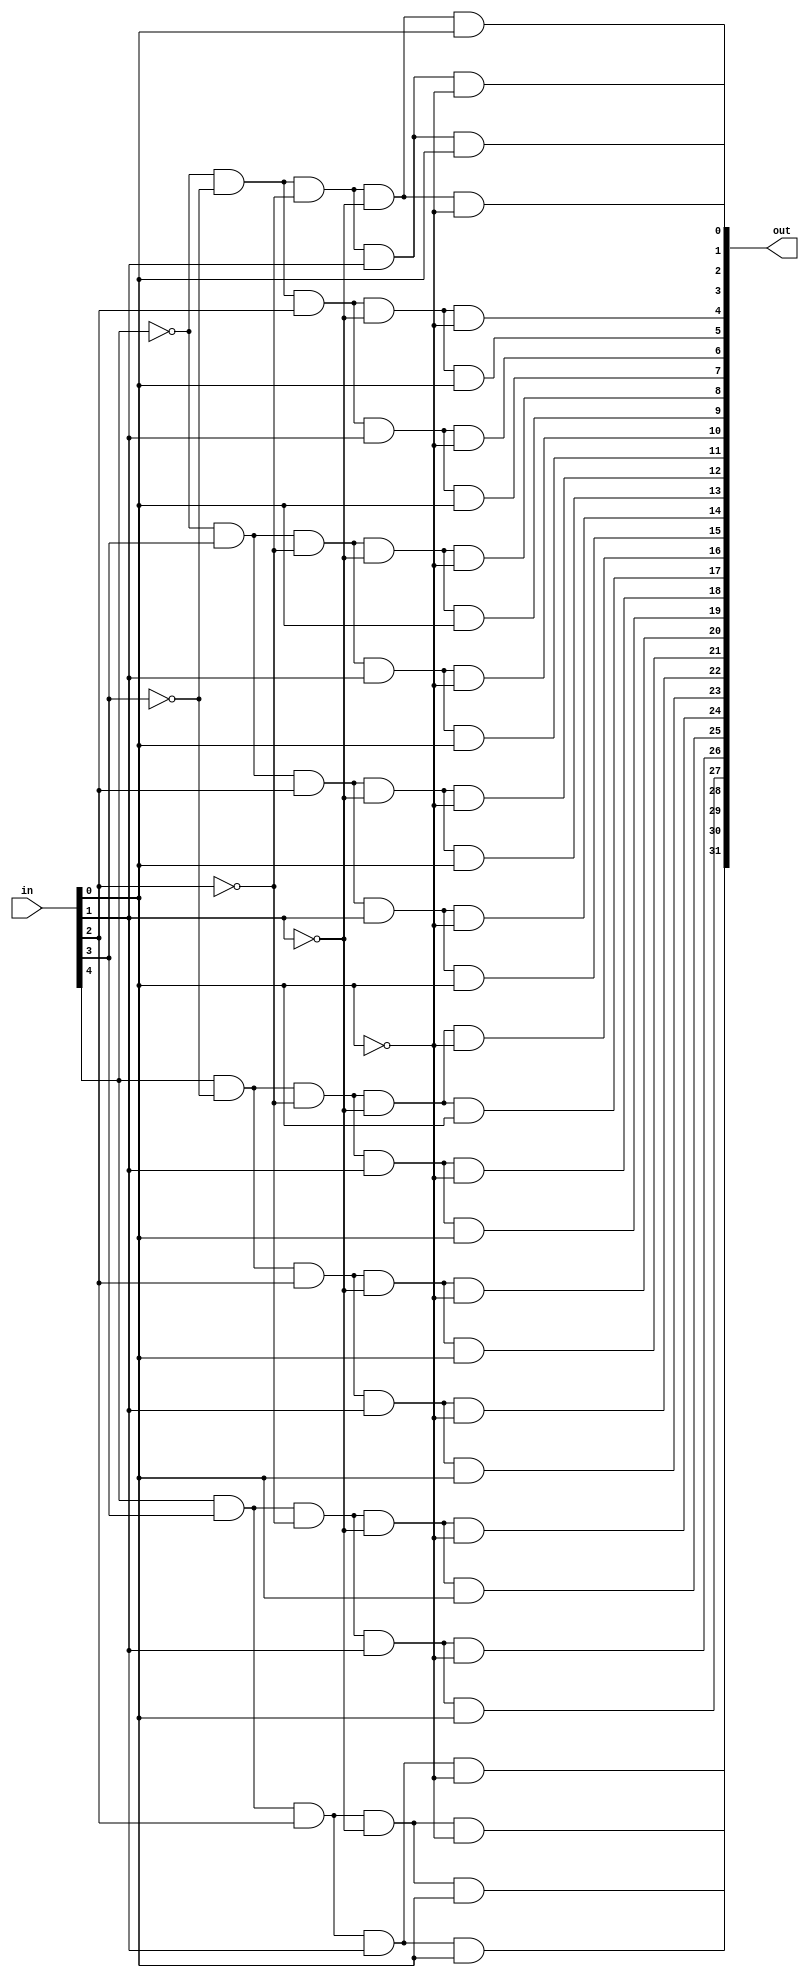
module decoder_5to32(in, out);

	input [4:0] in;
	output [31:0] out;
	
	wire [4:0] notIn;
	
	genvar i;
	generate 
	
	for(i = 0;i < 5;i = i + 1) begin:notGate
		not(notIn[i], in[i]);
	end
	
	endgenerate
	
	and and0(out[0], notIn[4], notIn[3], notIn[2], notIn[1], notIn[0]);
	and and1(out[1], notIn[4], notIn[3], notIn[2], notIn[1], in[0]);
	and and2(out[2], notIn[4], notIn[3], notIn[2], in[1], notIn[0]);
	and and3(out[3], notIn[4], notIn[3], notIn[2], in[1], in[0]);
	and and4(out[4], notIn[4], notIn[3], in[2], notIn[1], notIn[0]);
	and and5(out[5], notIn[4], notIn[3], in[2], notIn[1], in[0]);
	and and6(out[6], notIn[4], notIn[3], in[2], in[1], notIn[0]);
	and and7(out[7], notIn[4], notIn[3], in[2], in[1], in[0]);
	and and8(out[8], notIn[4], in[3], notIn[2], notIn[1], notIn[0]);
	and and9(out[9], notIn[4], in[3], notIn[2], notIn[1], in[0]);
	and and10(out[10], notIn[4], in[3], notIn[2], in[1], notIn[0]);
	and and11(out[11], notIn[4], in[3], notIn[2], in[1], in[0]);
	and and12(out[12], notIn[4], in[3], in[2], notIn[1], notIn[0]);
	and and13(out[13], notIn[4], in[3], in[2], notIn[1], in[0]);
	and and14(out[14], notIn[4], in[3], in[2], in[1], notIn[0]);
	and and15(out[15], notIn[4], in[3], in[2], in[1], in[0]);
	and and16(out[16], in[4], notIn[3], notIn[2], notIn[1], notIn[0]);
	and and17(out[17], in[4], notIn[3], notIn[2], notIn[1], in[0]);
	and and18(out[18], in[4], notIn[3], notIn[2], in[1], notIn[0]);
	and and19(out[19], in[4], notIn[3], notIn[2], in[1], in[0]);
	and and20(out[20], in[4], notIn[3], in[2], notIn[1], notIn[0]);
	and and21(out[21], in[4], notIn[3], in[2], notIn[1], in[0]);
	and and22(out[22], in[4], notIn[3], in[2], in[1], notIn[0]);
	and and23(out[23], in[4], notIn[3], in[2], in[1], in[0]);
	and and24(out[24], in[4], in[3], notIn[2], notIn[1], notIn[0]);
	and and25(out[25], in[4], in[3], notIn[2], notIn[1], in[0]);
	and and26(out[26], in[4], in[3], notIn[2], in[1], notIn[0]);
	and and27(out[27], in[4], in[3], notIn[2], in[1], in[0]);
	and and28(out[28], in[4], in[3], in[2], notIn[1], notIn[0]);
	and and29(out[29], in[4], in[3], in[2], notIn[1], in[0]);
	and and30(out[30], in[4], in[3], in[2], in[1], notIn[0]);
	and and31(out[31], in[4], in[3], in[2], in[1], in[0]);
	
endmodule